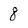
Character: 8